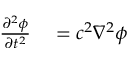
\begin{array} { r l } { \frac { \partial ^ { 2 } \phi } { \partial t ^ { 2 } } } & { { } = c ^ { 2 } \nabla ^ { 2 } \phi } \end{array}